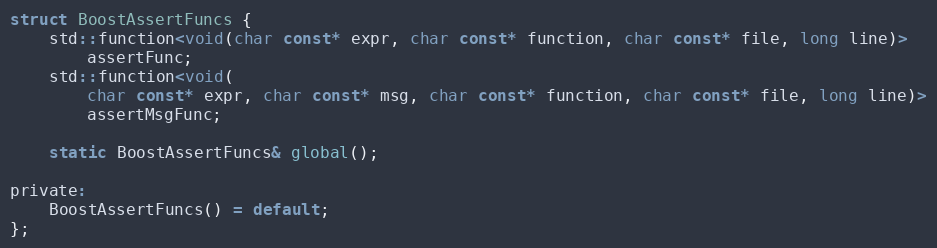
Language: C
struct BoostAssertFuncs {
    std::function<void(char const* expr, char const* function, char const* file, long line)>
        assertFunc;
    std::function<void(
        char const* expr, char const* msg, char const* function, char const* file, long line)>
        assertMsgFunc;

    static BoostAssertFuncs& global();

private:
    BoostAssertFuncs() = default;
};